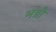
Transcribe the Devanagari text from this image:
भड़ौ